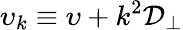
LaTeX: \upsilon_{k}\equiv\upsilon+k^{2}\mathcal{D}_{\perp}